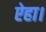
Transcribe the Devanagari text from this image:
ऐहा।